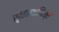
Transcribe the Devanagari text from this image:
सुधारकमित्र